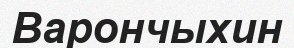
Варончыхин